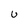
Character: u